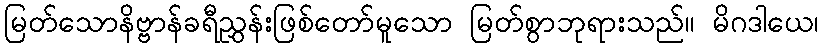
မြတ်သောနိဗ္ဗာန်ခရီညွှန်းဖြစ်တော်မူသော မြတ်စွာဘုရားသည်။ မိဂဒါယေ၊